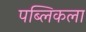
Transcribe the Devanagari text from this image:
पब्लिकला